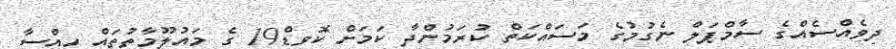
ދިވެއްސެއްގެ ސާމްޕަލް ނެގުމުގެ މަސައްކަތް ކުރަމުންދާ ކަމަށް ކޮވިޑް19 ގެ މައުލޫމާތުތައް ހިއްސާ